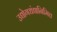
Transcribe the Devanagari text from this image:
उद्योगधंद्यानिमित्त